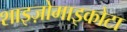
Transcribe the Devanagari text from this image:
शाइज़ोमाइकोटा